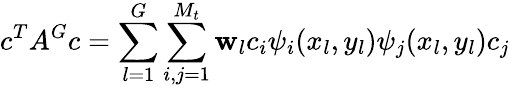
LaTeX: c^{T}A^{G}c=\sum_{l=1}^{G}\sum_{i,j=1}^{M_{t}}\mathbf{w}_{l}c_{i}\psi_{i}(x_{l},y_{l})\psi_{j}(x_{l},y_{l})c_{j}